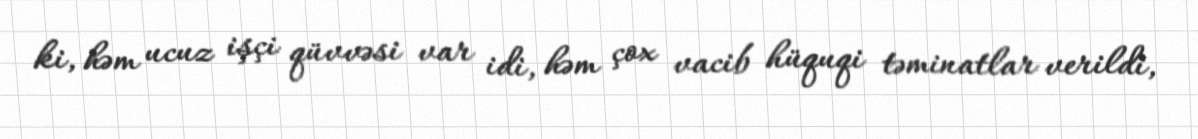
ki, həm ucuz işçi qüvvəsi var idi, həm çox vacib hüquqi təminatlar verildi,